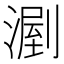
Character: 𣼉